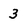
Character: 3